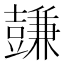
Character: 𧰋